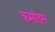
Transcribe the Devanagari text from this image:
कमांडस